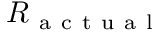
R _ { \mathrm { ~ a ~ c ~ t ~ u ~ a ~ l ~ } }